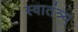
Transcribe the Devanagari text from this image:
स्वातंत्र्य्